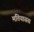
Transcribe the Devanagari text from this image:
मतियासस